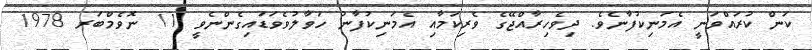
ކަން ކުރައްވަނީ އެމަނިކުފާނެވެ. ދިވެހިރާއްޖޭގެ ވެރިކަމާއި އެމަނިކުފާނު ހަވާލުވެވަޑައިގެންނެވީ 11 ނޮވެމްބަރ 1978